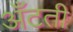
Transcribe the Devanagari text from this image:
अँटती